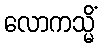
လောကသ္မိံ